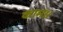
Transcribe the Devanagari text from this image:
काम।।